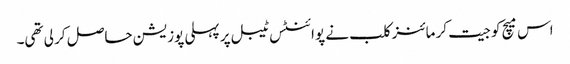
اس میچ کو جیت کر مائنز کلب نے پوائنٹس ٹیبل پر پہلی پوزیشن حاصل کر لی تھی۔